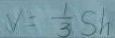
V = \frac { 1 } { 3 } S h